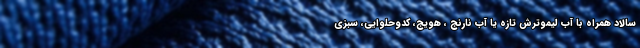
سالاد همراه با آب لیموترش تازه یا آب نارنج ، هویج، کدوحلوایی، سبزی